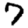
Digit: 7